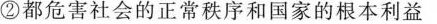
②都危害社会的正常秩序和国家的根本利益